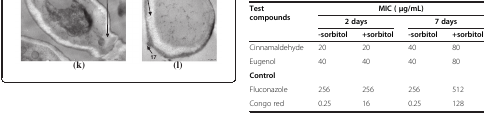
| <ROWSPAN=3> Test compounds | <COLSPAN=4> MIC ( μg/mL) |
 | 2 days |  | 7 days |  |
 | -sorbitol | +sorbitol | -sorbitol | +sorbitol |
 | --- | --- | --- | --- | --- |
 | Cinnamaldehyde | 20 | 20 | 40 | 80 |
 | Eugenol | 40 | 40 | 40 | 80 |
 | <COLSPAN=5> Control |
 | Fluconazole | 256 | 256 | 256 | 512 |
 | Congo red | 0.25 | 16 | 0.25 | 128 |